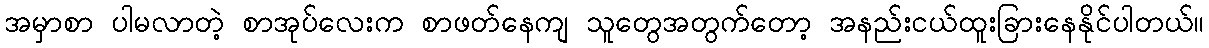
အမှာစာ ပါမလာတဲ့ စာအုပ်လေးက စာဖတ်နေကျ သူတွေအတွက်တော့ အနည်းငယ်ထူးခြားနေနိုင်ပါတယ်။